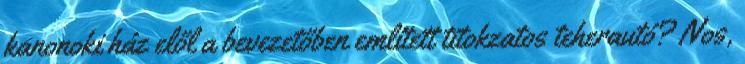
kanonoki ház elől a bevezetőben említett titokzatos teherautó? Nos,